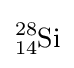
{\ce {^{28}_{14}Si}}